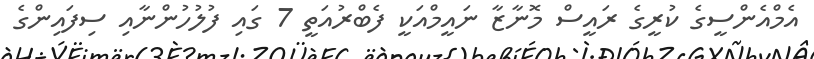
އެމްއެންސީގެ ކުރީގެ ރައީސް މޮނާޒާ ނައީމްއަކީ ފެބްރުއަތީ 7 ގައި ފުލުހުންނާއި ސިފައިންގެ